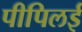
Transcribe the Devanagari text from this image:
पीपिलई